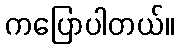
ကပြောပါတယ်။